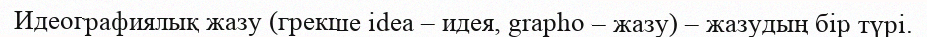
Идеографиялық жазу (грекше іdea – идея, grapho – жазу) – жазудың бір түрі.